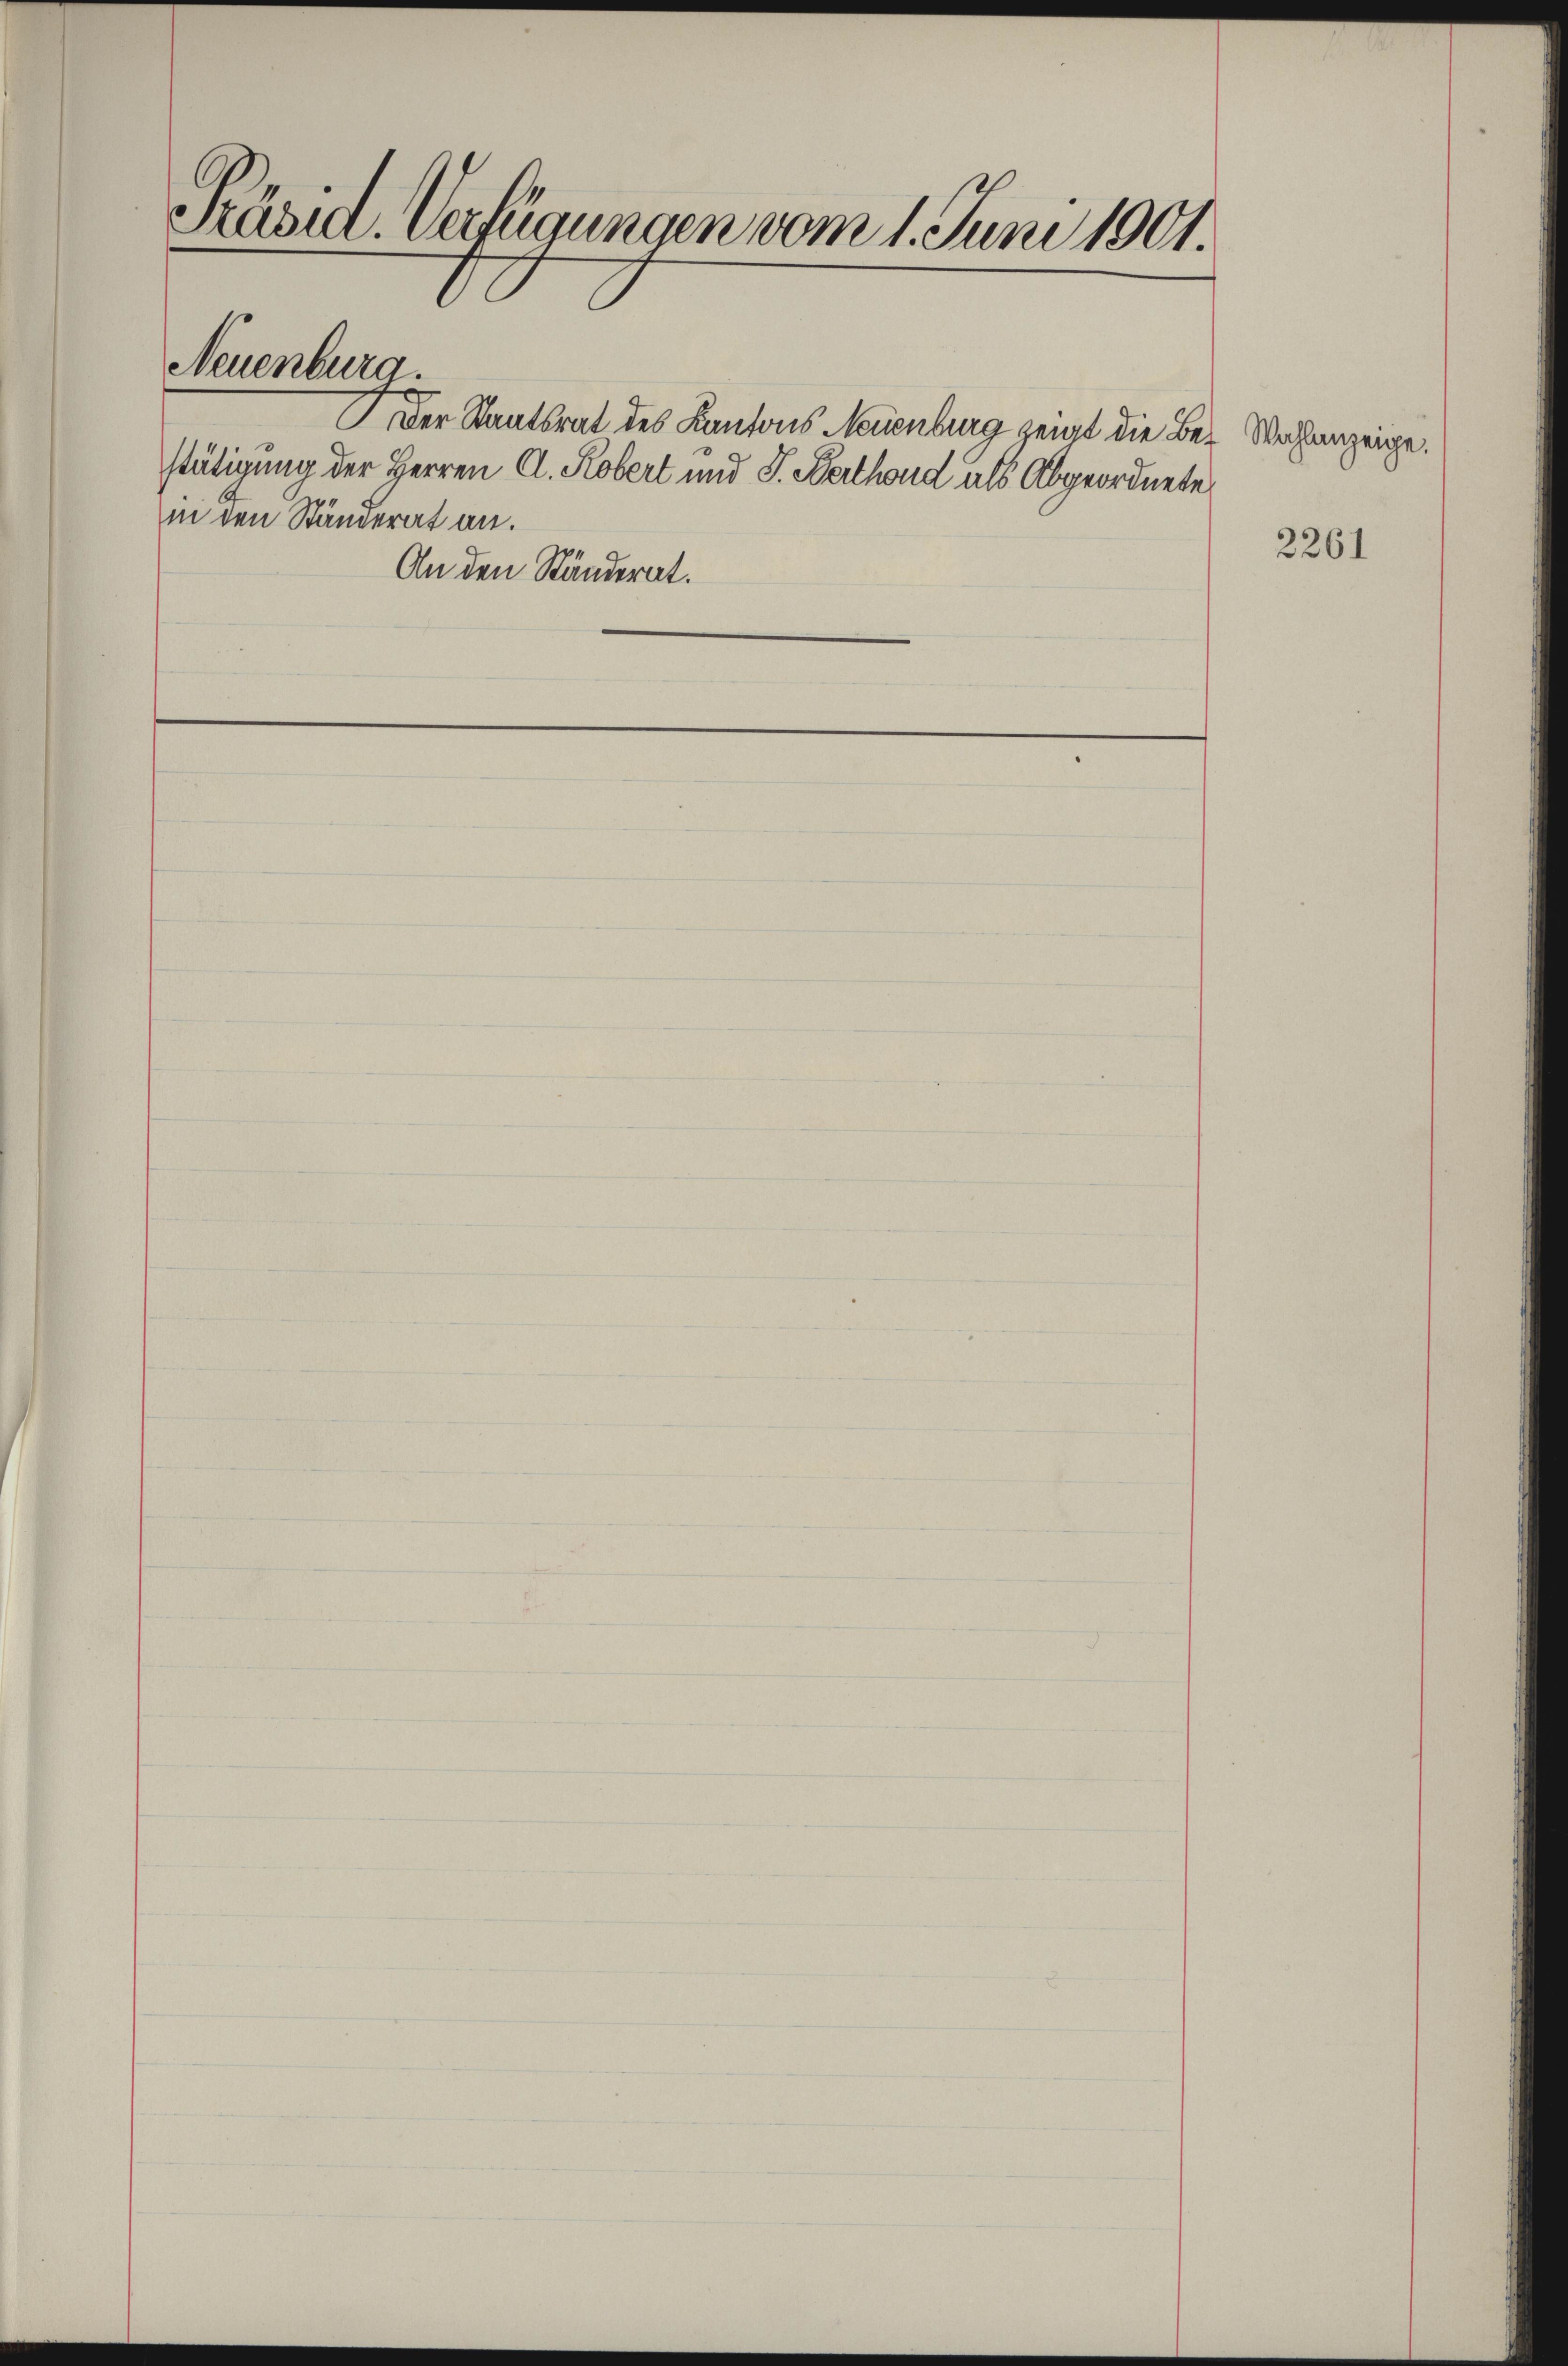
Präsid. Verfügungen vom 1. Juni 1901.

Neuenburg.

in den Ständerat an.
An den Ständerat.

Der Staatsrat des Kantons Neuenburg zeigt die Bei Wochenzeige.
stätigung der Herren A. Kobert und S. Berthond als Abgeordnete

2261